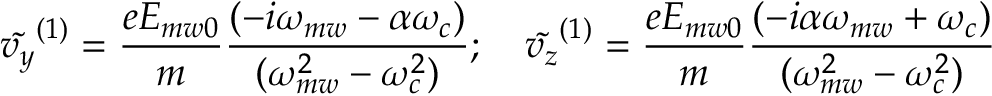
\tilde { v _ { y } } ^ { ( 1 ) } = \frac { e E _ { m w 0 } } { m } \frac { ( - i \omega _ { m w } - \alpha \omega _ { c } ) } { ( \omega _ { m w } ^ { 2 } - \omega _ { c } ^ { 2 } ) } ; \quad \tilde { v _ { z } } ^ { ( 1 ) } = \frac { e E _ { m w 0 } } { m } \frac { ( - i \alpha \omega _ { m w } + \omega _ { c } ) } { ( \omega _ { m w } ^ { 2 } - \omega _ { c } ^ { 2 } ) }